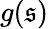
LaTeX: g(\mathfrak{s})